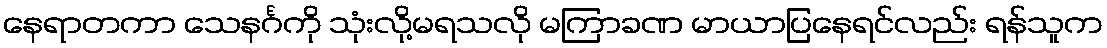
နေရာတကာ သေနင်္ဂကို သုံးလို့မရသလို မကြာခဏ မာယာပြနေရင်လည်း ရန်သူက